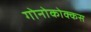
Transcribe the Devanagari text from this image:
गोनोकोक्कस